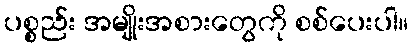
ပစ္စည်း အမျိုးအစားတွေကို စစ်ပေးပါ။